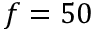
f = 5 0